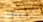
أستيقظت